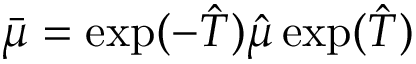
\boldsymbol { \bar { \mu } } = \exp ( - \hat { T } ) \boldsymbol { \hat { \mu } } \exp ( \hat { T } )